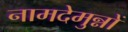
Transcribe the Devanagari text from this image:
नामदेमुन्नों